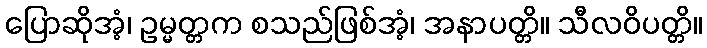
ပြောဆိုအံ့၊ ဥမ္မတ္တက စသည်ဖြစ်အံ့၊ အနာပတ္တိ။ သီလဝိပတ္တိ။